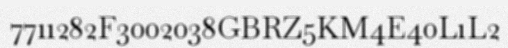
7711282F3002038GBRZ5KM4E40L1L2